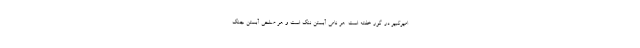
امیرکبیر در گور خفته است. هر نامی آبستن ننگ است و هر صلحی آبستن جنگ.